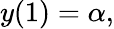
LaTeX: y(1)=\alpha,